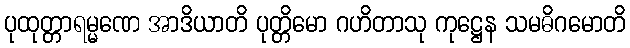
ပုထုတ္တာရမ္မဏေ အာဒိယာတိ ပုတ္တိမော ဂဟိတာသု ကုဋ္ဌေန သမဓိဂမောတိ